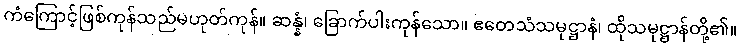
ကံကြောင့်ဖြစ်ကုန်သည်မဟုတ်ကုန်။ ဆန္နံ၊ ခြောက်ပါးကုန်သော။ ဧတေသံသမုဋ္ဌာနံ၊ ထိုသမုဋ္ဌာန်တို့၏။